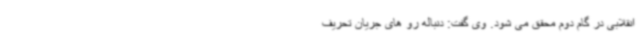
انقلابی در گام دوم محقق می شود. وی گفت: دنباله رو های جریان تحریف